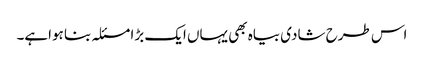
اس طرح شادی بیاہ بھی یہاں ایک بڑا مسئلہ بنا ہواہے۔